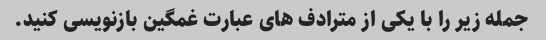
جمله زیر را با یکی از مترادف های عبارت غمگین بازنویسی کنید.